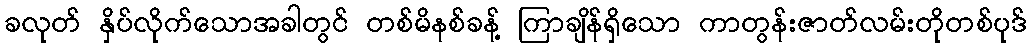
ခလုတ် နှိပ်လိုက်သောအခါတွင် တစ်မိနစ်ခန့် ကြာချိန်ရှိသော ကာတွန်းဇာတ်လမ်းတိုတစ်ပုဒ်